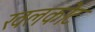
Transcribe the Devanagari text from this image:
खलकोट